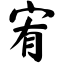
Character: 宥